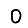
Digit: 0